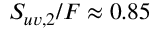
S _ { u v , 2 } / F \approx 0 . 8 5